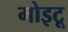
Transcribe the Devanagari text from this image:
मोइटू